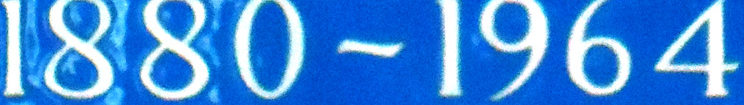
1880~1964